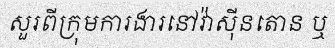
សួរពីក្រុមការងារនៅវ៉ាស៊ីនតោន ឬ